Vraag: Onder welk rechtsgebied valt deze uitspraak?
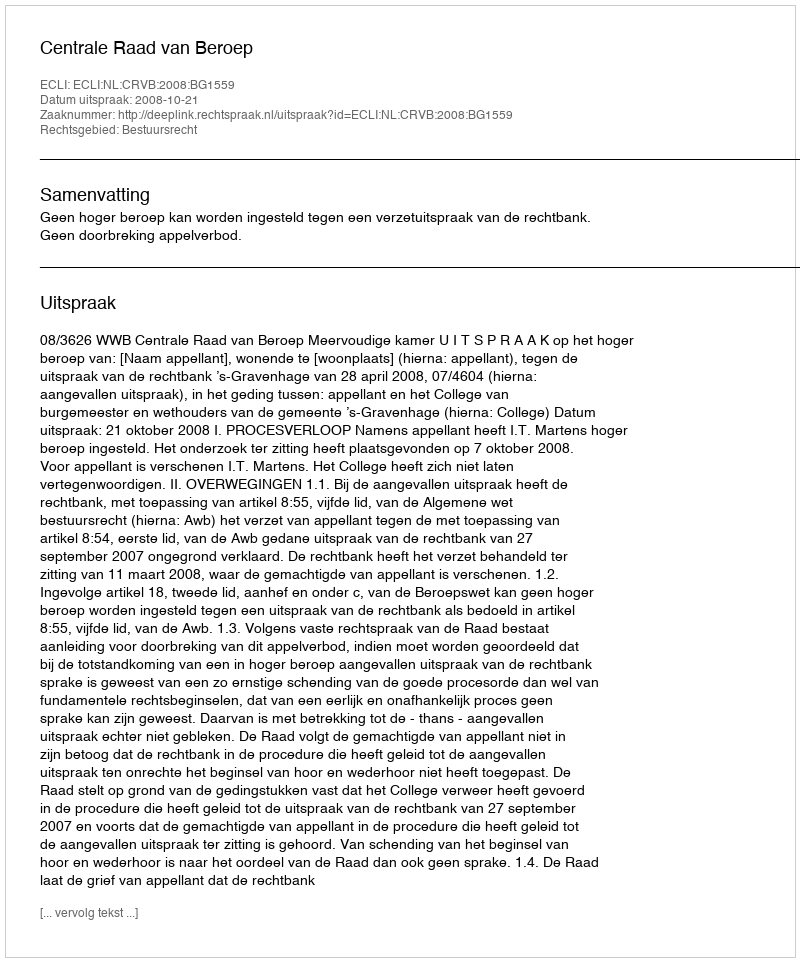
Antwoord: Bestuursrecht